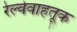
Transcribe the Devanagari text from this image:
रेल्वेवाहतूक